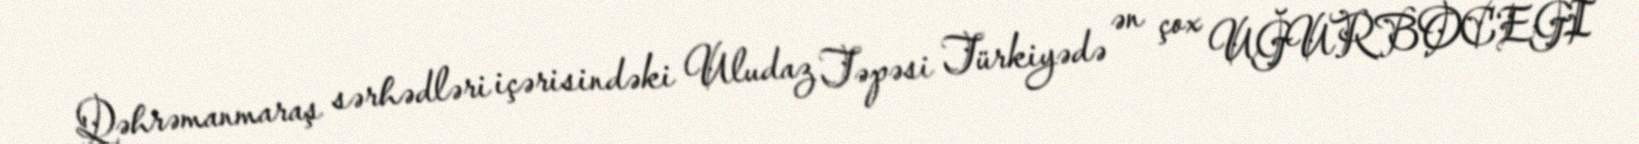
Qəhrəmanmaraş sərhədləri içərisindəki Uludaz Təpəsi Türkiyədə ən çox UĞURBOCEĞİ